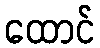
ထောင်